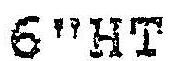
6"HT